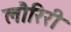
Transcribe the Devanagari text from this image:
लौरिरी